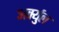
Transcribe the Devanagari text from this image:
अर्क्युल